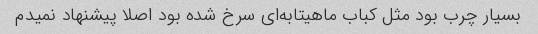
بسیار چرب بود مثل کباب ماهیتابه‌ای سرخ شده بود اصلا پیشنهاد نمیدم